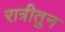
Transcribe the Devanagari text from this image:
रात्रीतुन